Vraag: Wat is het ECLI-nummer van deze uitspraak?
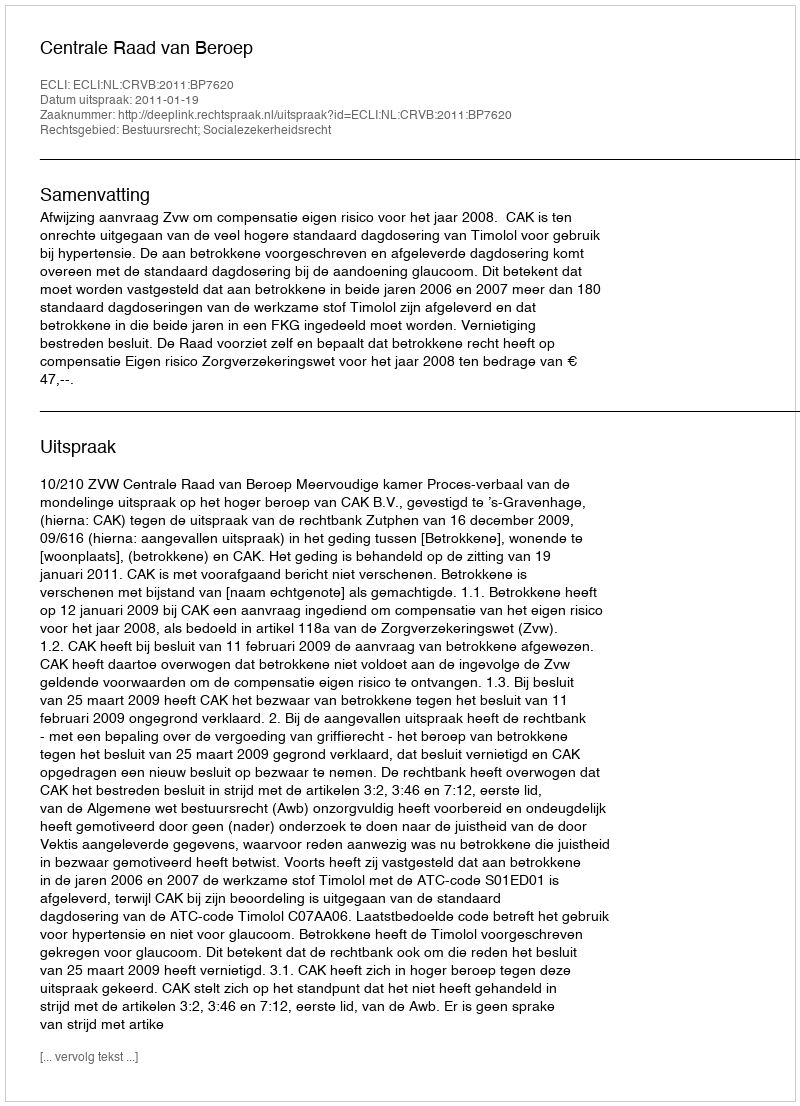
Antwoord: ECLI:NL:CRVB:2011:BP7620